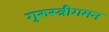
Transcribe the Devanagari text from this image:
गुरुस्त्रीगमन